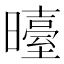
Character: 𭨉